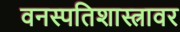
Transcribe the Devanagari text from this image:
वनस्पतिशास्त्रावर